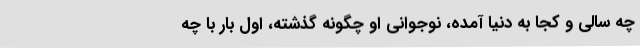
چه سالی و کجا به دنیا آمده، نوجوانی او چگونه گذشته، اول بار با چه